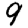
Digit: 9